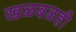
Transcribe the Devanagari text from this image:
खळबळही